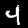
Digit: 4